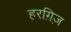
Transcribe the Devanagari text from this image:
हरग़िज़